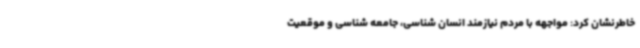
خاطرنشان کرد: مواجهه با مردم نیازمند انسان شناسی، جامعه شناسی و موقعیت